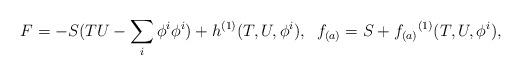
LaTeX: \begin{align*}F = -S(TU - \sum_i \phi^i \phi^i) + {h}^{(1)}(T,U,\phi^i),\;\;f_{(a)} = S + {f_{(a)}}^{(1)}(T,U,\phi^i),\end{align*}